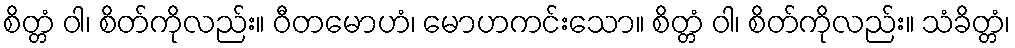
စိတ္တံ ဝါ၊ စိတ်ကိုလည်း။ ဝီတမောဟံ၊ မောဟကင်းသော။ စိတ္တံ ဝါ၊ စိတ်ကိုလည်း။ သံခိတ္တံ၊